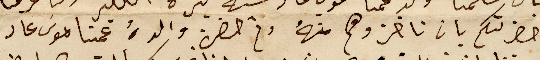
حضرتكم بان تاخزوهم منهً وثم حضرة والدهُ عمنا موسَى عاد